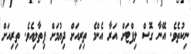
ނިކުތެވެ. އޭނާ ގޮސް ލިފްޓަށް އަރާ އެންމެ ތިރިއަށް ދިޔުމަށް ފިތާލިއެވެ. ތިރިއަށް